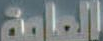
العامة